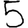
Digit: 5